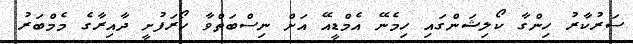
ސަރުކާރު ހިންގާ ކޯލިޝަންގައި ހިމެނޭ އެމްޑީއޭ އަށް ނިސްބަތްވާ ހޯރަފުށީ ދާއިރާގެ މެމްބަރު